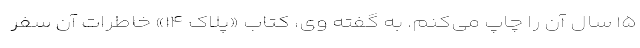
۱۵ سال آن را چاپ می‌کنم. به گفته وی، کتاب «پلاک ۱۴» خاطرات آن سفر